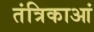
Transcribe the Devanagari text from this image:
तंत्रिकाआं